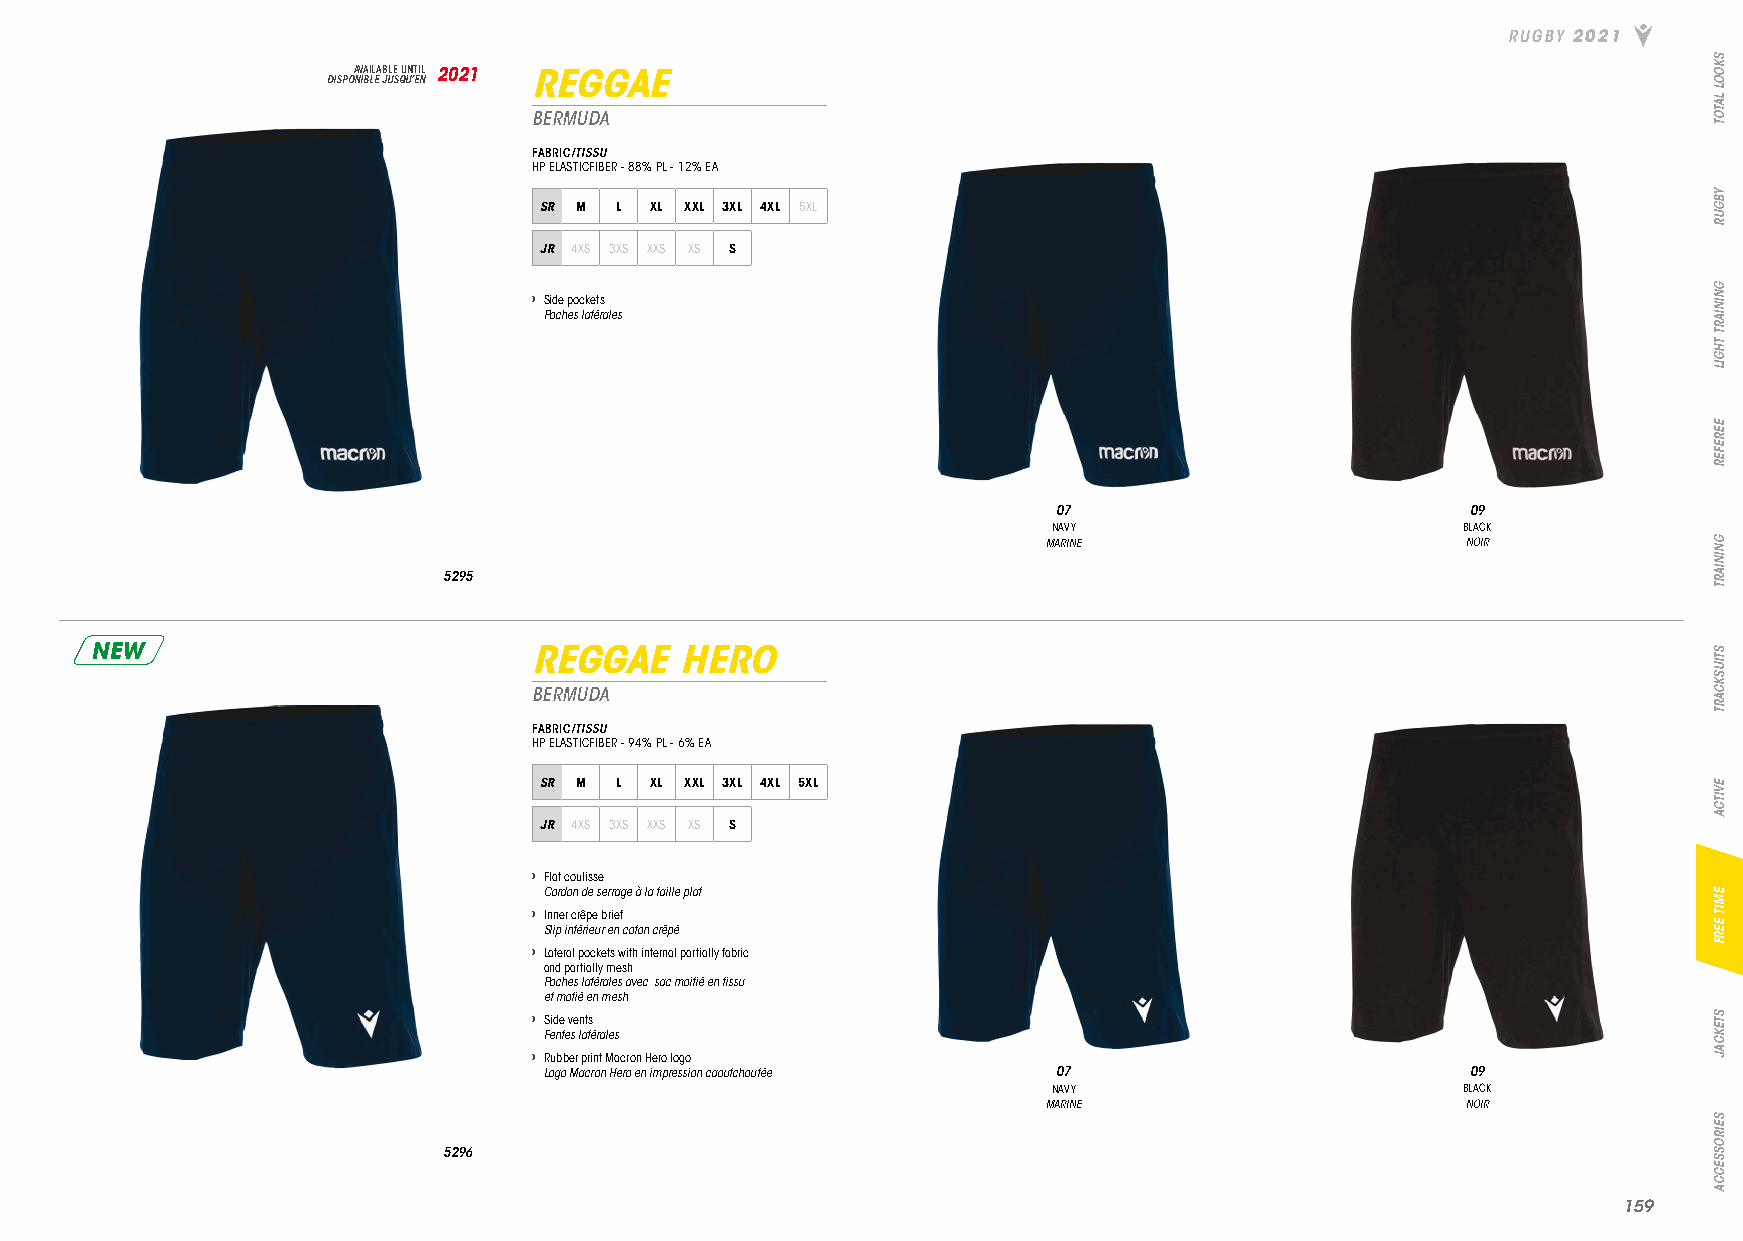
RUGBY 2021
 DISPOA NV IBA LIL EA JB ULE S QU UN ’T EI NL 2021 REGGAE
 BERMUDA
 FABRIC/TISSU
 HP ELASTICFIBER - 88% PL - 12% EA
 SR M L XL XXL 3XL 4XL 5XL
 JR 4XS 3XS XXS XS S
 › Side pockets
 Poches latérales
 07                         09
 NAVY                       BLACK
 MARINE                      NOIR
 5295
 NEW                          REGGAE    HERO
 BERMUDA
 FABRIC/TISSU
 HP ELASTICFIBER - 94% PL - 6% EA
 SR M L XL XXL 3XL 4XL 5XL
 JR 4XS 3XS XXS XS S
 › Flat coulisse
 Cordon de serrage à la taille plat
 › Inner crêpe brief
 Slip intérieur en coton crêpé
 › Lateral pockets with internal partially fabric
 and partially mesh
 Poches latérales avec sac moitié en tissu
 et motié en mesh
 › Side vents
 Fentes latérales
 › Rubber print Macron Hero logo
 Logo Macron Hero en impression caoutchoutée 07               09
 NAVY                       BLACK
 MARINE                      NOIR
 5296
 115599
 SKOOL
 LATOT
 YBGUR
 GNINIART
 THGIL
 EEREFER
 GNINIART
 STIUSKCART
 EVITCA
 EMIT
 EERF
 STEKCAJ
 SEIROSSECCA